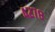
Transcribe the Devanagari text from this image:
४२७८